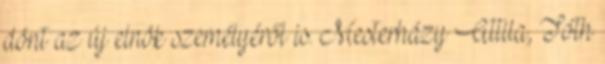
dönt az új elnök személyéről is. Mesterházy Attila, Tóth